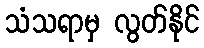
သံသရာမှ လွတ်နိုင်